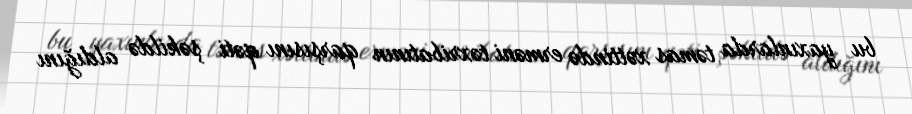
bu yaxınlarda təmas xəttində erməni təxribatının qarşısını qəti şəkildə aldığını